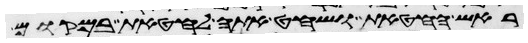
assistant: ראש החטאת ושחט אתה לחטאת במקום